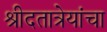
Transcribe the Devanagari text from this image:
श्रीदतात्रेयांचा